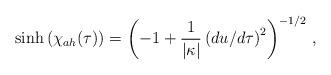
LaTeX: \begin{align*}\sinh{(\chi_{ah}(\tau))}=\left(-1+{1\over \vert\kappa\vert}\left(du/d\tau\right)^2\right)^{-1/2} \,,\end{align*}